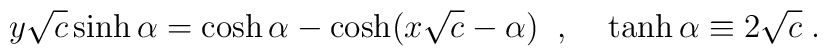
y \sqrt{c} \sinh \alpha = \cosh \alpha - \cosh (x \sqrt{c} - \alpha) \; \; , \; \; \; \; \tanh \alpha \equiv 2 \sqrt{c} \; .